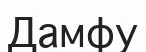
Дамфу